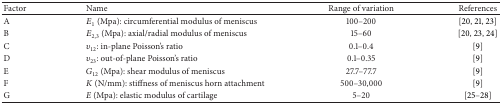
<table><thead><tr><td><b>Factor</b></td><td><b>Name</b></td><td><b>Range of variation </b></td><td><b>References</b></td></tr></thead><tbody><tr><td>A</td><td><i>E</i><sub>1</sub> (Mpa): circumferential modulus of meniscus </td><td>100–200</td><td>[20, 21, 23]</td></tr><tr><td>B</td><td><i>E</i><sub>2,3</sub> (Mpa): axial/radial modulus of meniscus</td><td>15–60</td><td>[20, 23, 24]</td></tr><tr><td>C</td><td><i>υ</i><sub>12</sub>: in-plane Poisson&#x27;s ratio </td><td>0.1–0.4</td><td>[9]</td></tr><tr><td>D</td><td><i>υ</i><sub>23</sub>: out-of-plane Poisson&#x27;s ratio</td><td>0.1–0.35</td><td>[9]</td></tr><tr><td>E</td><td><i>G</i><sub>12</sub> (Mpa): shear modulus of meniscus</td><td>27.7–77.7</td><td>[9]</td></tr><tr><td>F</td><td><i>K</i> (N/mm): stiffness of meniscus horn attachment</td><td>500–30,000</td><td>[9]</td></tr><tr><td>G</td><td><i>E</i> (Mpa): elastic modulus of cartilage</td><td>5–20</td><td>[25–28]</td></tr></tbody></table>